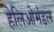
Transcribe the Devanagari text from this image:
हेलिओमंडल